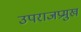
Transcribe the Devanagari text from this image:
उपराजप्रमुख